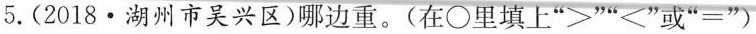
5.(2018·湖州市吴兴区)哪边重。(在\bigcirc里填上“>”“<”或”=”)